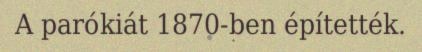
A parókiát 1870-ben építették.